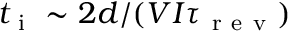
t _ { \mathrm { ~ i ~ } } \sim 2 d / ( V I \tau _ { \mathrm { ~ r ~ e ~ v ~ } } )